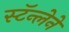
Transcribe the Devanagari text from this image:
स्टॅन्लेने